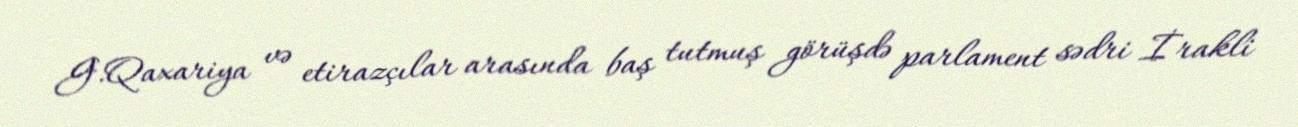
G.Qaxariya və etirazçılar arasında baş tutmuş görüşdə parlament sədri İrakli